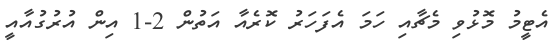
އެޓީމު މޮޅުވި މެޗާއި ހަމަ އެފަހަރު ކޮރެއާ އަތުން 2-1 އިން އުރުގުއާއީ